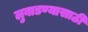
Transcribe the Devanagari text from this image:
लुबाडण्यासाठी